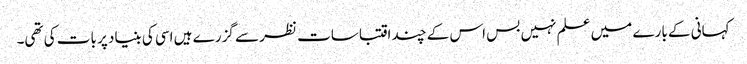
کہانی کے بارے میں علم نہیں بس اس کے چند اقتباسات نظر سے گزرے ہیں اسی کی بنیاد پر بات کی تھی۔